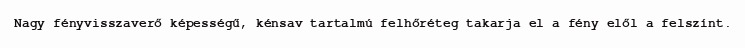
Nagy fényvisszaverő képességű, kénsav tartalmú felhőréteg takarja el a fény elől a felszínt.